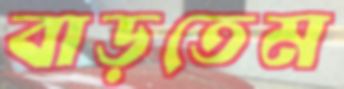
বাড়তেম